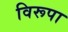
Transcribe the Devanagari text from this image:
विरूपा